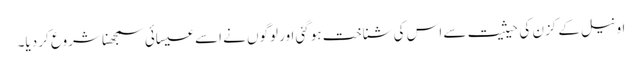
اونیل کے کزن کی حیثیت سے اس کی شناخت ہوگئی اور لوگوں نے اسے عیسائی سمجھنا شروع کر دیا۔